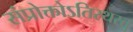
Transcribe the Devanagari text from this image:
संप्रोक्तोऽतिरथस्तु